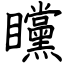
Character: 矘